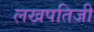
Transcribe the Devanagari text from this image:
लखपतिजी